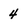
Character: 4